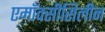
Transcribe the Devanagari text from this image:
एमॉक्सीसिलीन